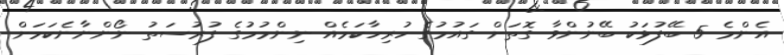
އެންމެ 5 ބޭފުޅަކު ބޭނުންވާ ގޮތަށް ގައުމުގެ ހުރިހާކަމެއް ނިންމުމުގެ ފުރުސަތު ނޯންނާނެކަމަށް